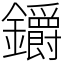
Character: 𨰜